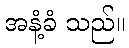
အနံ့ခံ သည်။